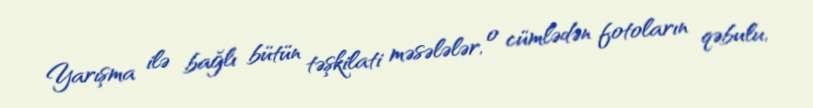
Yarışma ilə bağlı bütün təşkilati məsələlər, o cümlədən fotoların qəbulu,